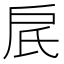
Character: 𬇋